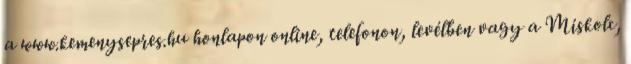
a www.kemenysepres.hu honlapon online, telefonon, levélben vagy a Miskolc,